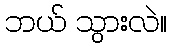
ဘယ် သွားလဲ။